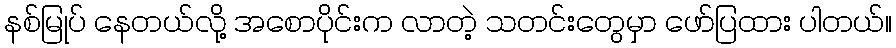
နစ်မြုပ် နေတယ်လို့ အစောပိုင်းက လာတဲ့ သတင်းတွေမှာ ဖော်ပြထား ပါတယ်။